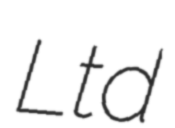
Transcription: Ltd